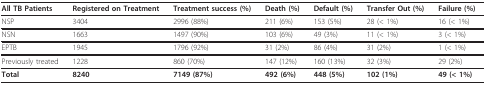
| All TB Patients | Registered on Treatment | Treatment success (%) | Death (%) | Default (%) | Transfer Out (%) | Failure (%) |
 | --- | --- | --- | --- | --- | --- | --- |
 | NSP | 3404 | 2996 (88%) | 211 (6%) | 153 (5%) | 28 (< 1%) | 16 (< 1%) |
 | NSN | 1663 | 1497 (90%) | 103 (6%) | 49 (3%) | 11 (< 1%) | 3 (< 1%) |
 | EPTB | 1945 | 1796 (92%) | 31 (2%) | 86 (4%) | 31 (2%) | 1 (< 1%) |
 | Previously treated | 1228 | 860 (70%) | 147 (12%) | 160 (13%) | 32 (3%) | 29 (2%) |
 | Total | 8240 | 7149 (87%) | 492 (6%) | 448 (5%) | 102 (1%) | 49 (< 1%) |